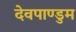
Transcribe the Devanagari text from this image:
देवपाण्डुम